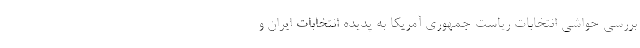
بررسی حواشی انتخابات ریاست جمهوری آمریکا به پدیده انتخابات ایران و